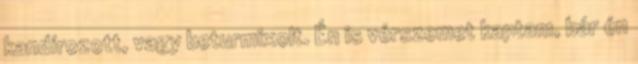
kandírozott, vagy beturmixolt. Én is vérszemet kaptam, bár én